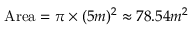
\mathrm { A r e a } = \pi \times ( 5 m ) ^ { 2 } \approx 7 8 { . } 5 4 m ^ { 2 }